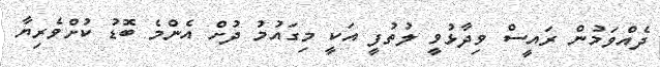
ދެއްވަމުން ރައީސް ވިދާޅުވީ ލުތުފީ އަކީ މިގައުމު ދުށް އެންމެ ބޮޑު ކުށްވެރިޔާ